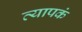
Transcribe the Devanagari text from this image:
व्यापकं